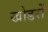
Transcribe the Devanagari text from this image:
खोडरों